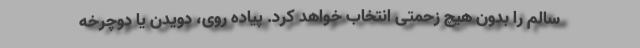
سالم را بدون هیچ زحمتی انتخاب خواهد کرد. پیاده روی، دویدن یا دوچرخه